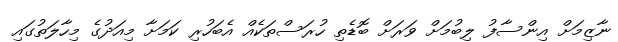
ނާޒިމަށް އިންސާފު ލިބުމަށް ވަރަށް ބޮޑެތި ހުރަސްތަކެއް އެބަހުރި ކަމަށާ މިއަދުގެ މިހާލަތުގައި